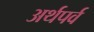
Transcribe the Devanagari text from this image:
अर्थपर्व